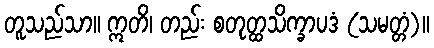
တူသည်သာ။ ဣတိ၊ တည်း စတုတ္ထသိက္ခာပဒံ (သမတ္တံ)။